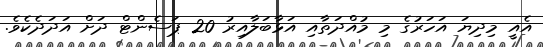
އެއީ މިދިޔަ އަހަރުގެ މި މުއްދަތާއި އަޅާބަލާއިރު 20 ޕަސެންޓް ދަށް އަދަދެކެވެ.